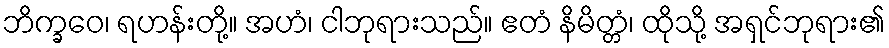
ဘိက္ခဝေ၊ ရဟန်းတို့။ အဟံ၊ ငါဘုရားသည်။ ဧတံ နိမိတ္တံ၊ ထိုသို့ အရှင်ဘုရား၏